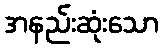
အနည်းဆုံးသော